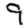
Digit: 9